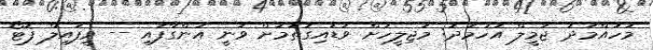
މުހައްމަދު ޖަމީލް އަހުމަދު: މަޖިލީހަށް ވަޑައިގަތުމަށް ވަނީ އަންގާފައި -- ވީފައިލް ފޮޓޯ